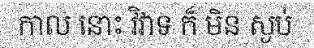
កាល នោះ វិវាទ ក៏ មិន ស្ងប់